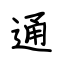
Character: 通